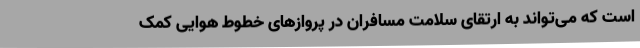
است که می‌تواند به ارتقای سلامت مسافران در پروازهای خطوط هوایی کمک